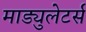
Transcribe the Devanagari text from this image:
माड्युलेटर्स